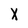
Character: X